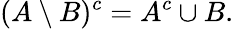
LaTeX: (A\setminus B)^{c}=A^{c}\cup B.